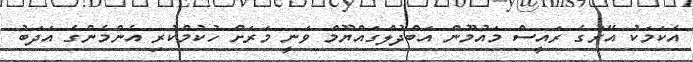
އެކަމަކު އޭރުގެ ރައީސް މައުމޫން އަބްދުލްގައްޔޫމް ވަނީ މަރަށް ހުކުމްކުރި އެންމެންގެ އަދަބު